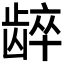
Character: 𬺋